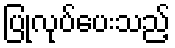
ပြုလုပ်ပေးသည့်